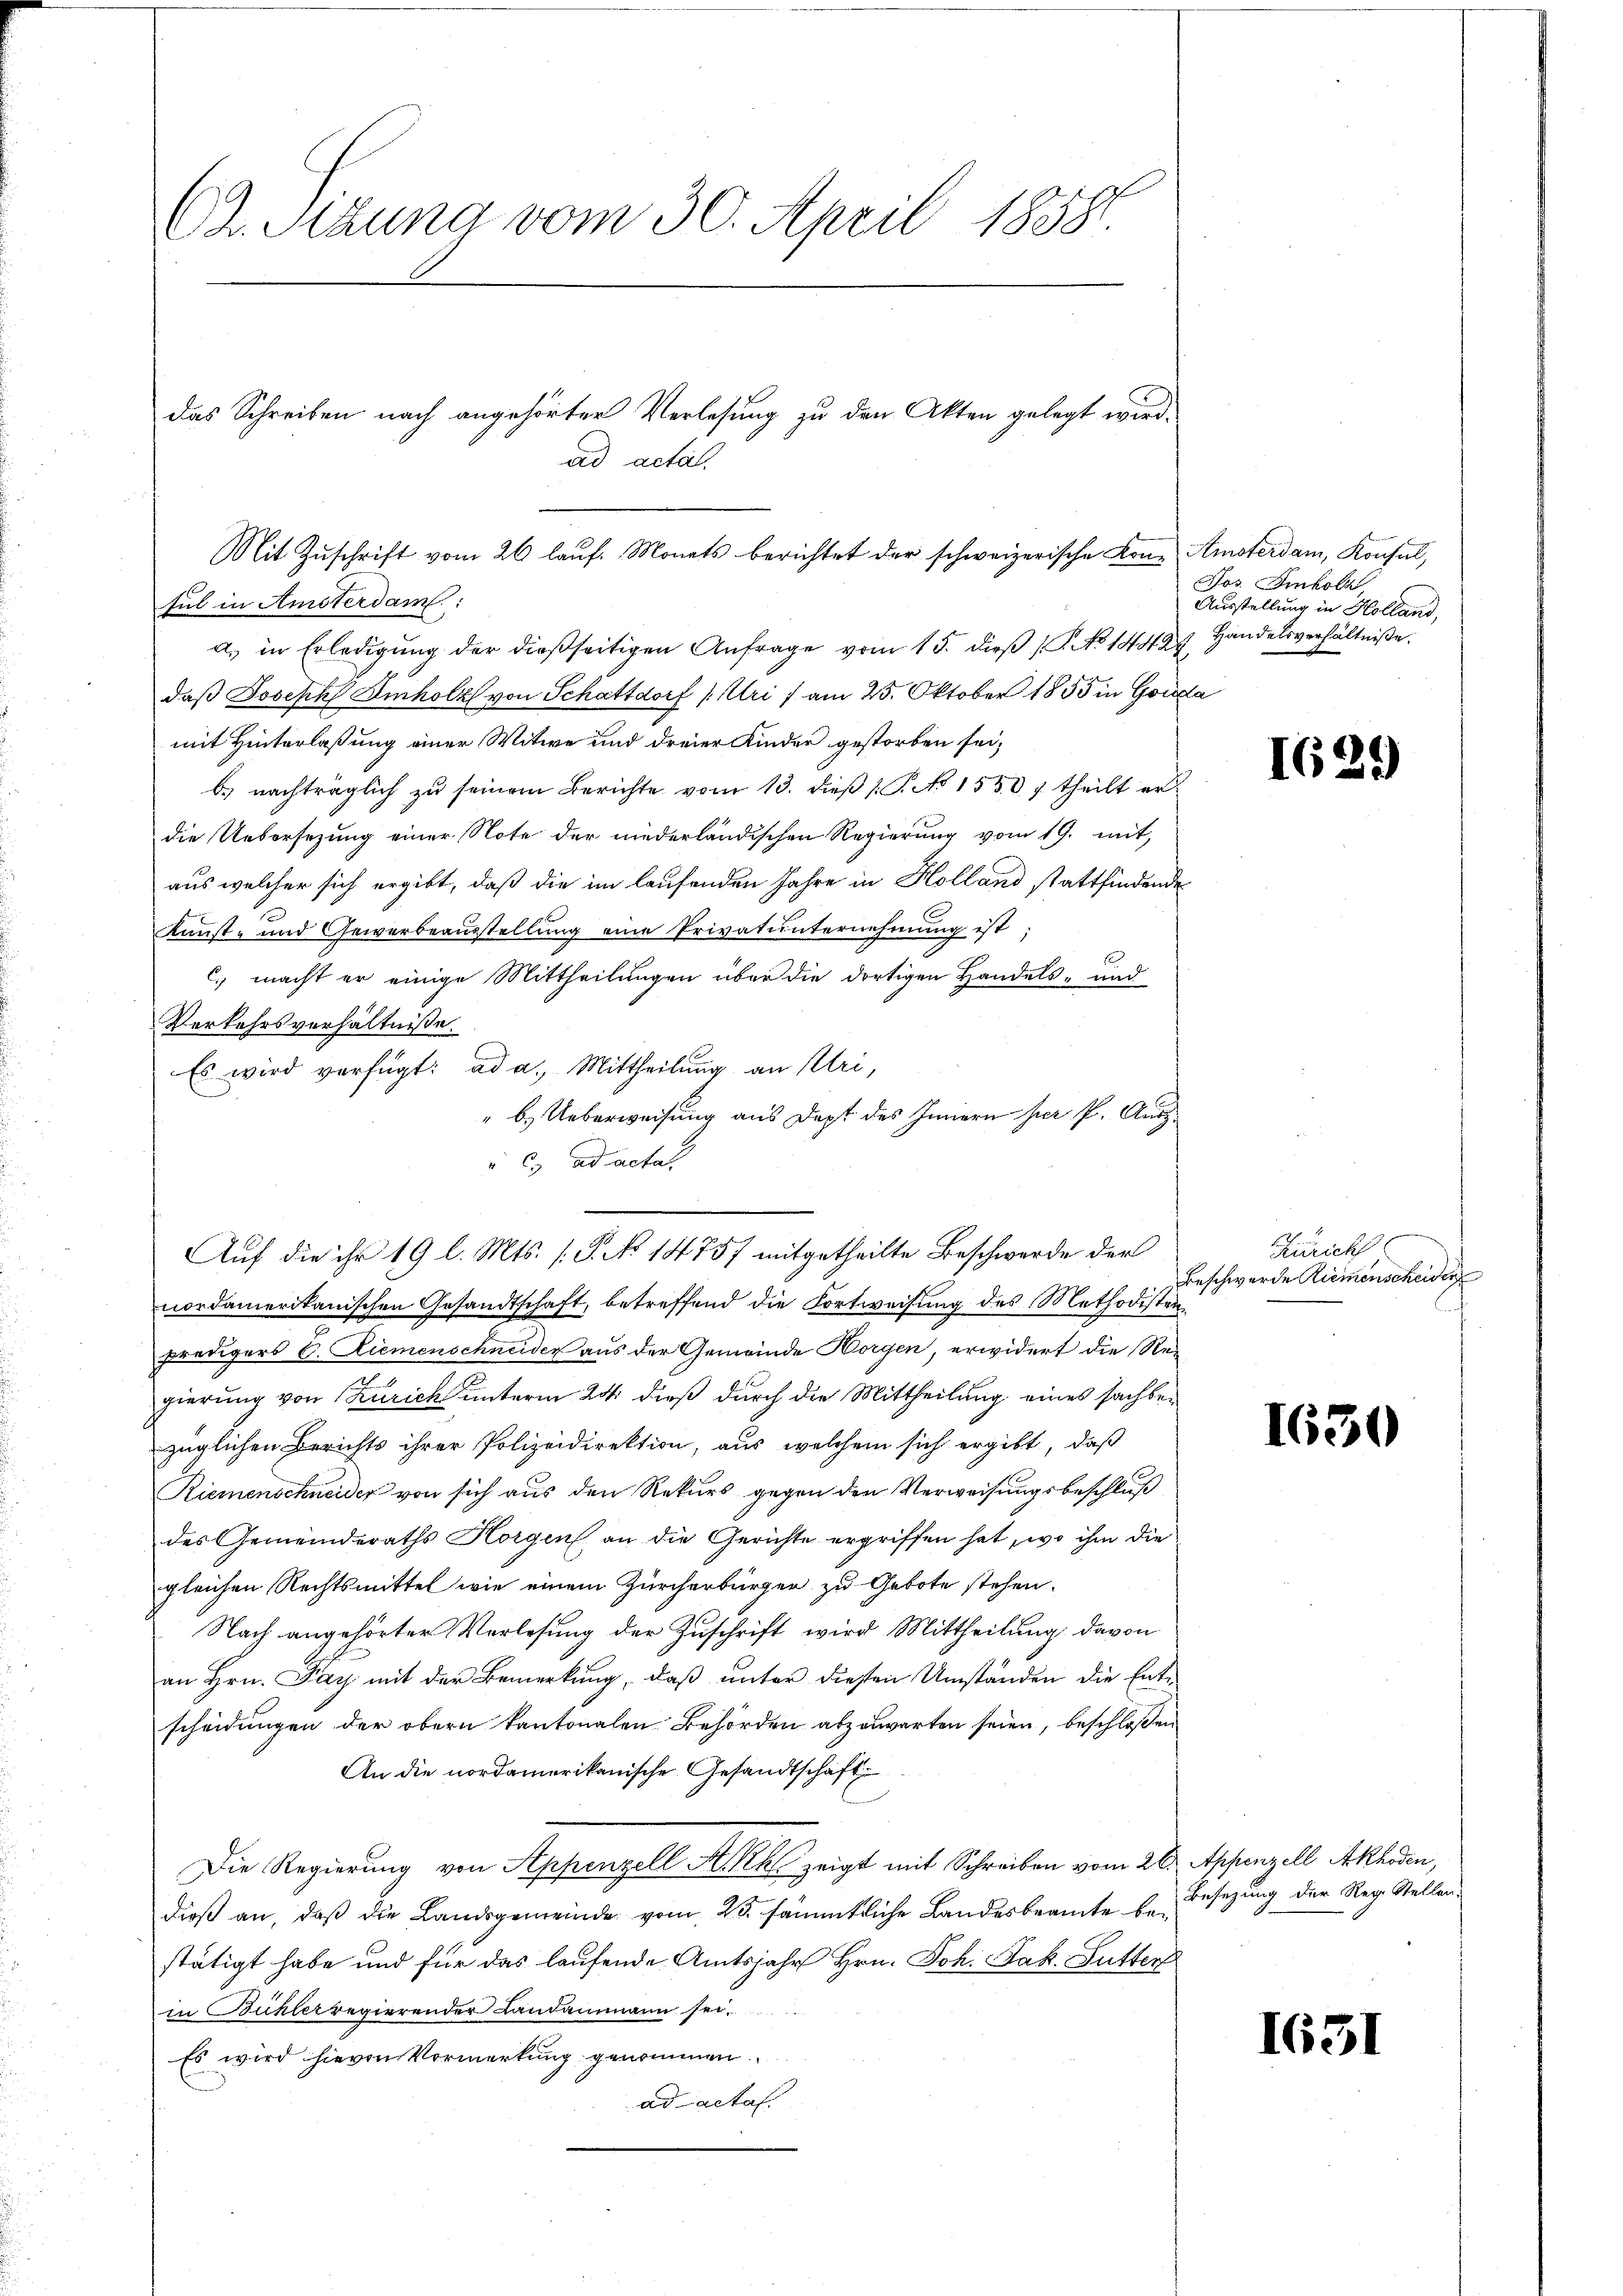
C. Sizung vom 30. April 1858.
das Schreiben nach angehörter Verlesung zu den Akten gelegt wird.
ad acta.

Mit Zŭschrift vom 26 laŭf. Monats berichtet der schweizerische Kone Amsterdam, Konsul,
sul in Amsterdam:

a. in Erledigŭng der dießseitigen Anfrage vom 15. dieβ 1. No 14412
daß Joseph Imholz von Schattdorf (Uri) am 25. Oktober 1855 in Golda
mit Hinterlaßung einer Witwe und dreier Kinder gestorben sei,
b.) nachträglich zu seinem Berichte vom 13. dieß (T. No 1530 1 theilt er
die Uebersezung einer Note der niederländischen Regierung vom 19. mit,
aus welcher sich ergibt, daß die im laufenden Jahre in Holland stattfindende
C
Kunst- und Gewerbeausstellung eine Privatunternehmung ist;
C. macht er einige Mittheilungen über die dortigen Handels- und
Verkehrsverhältnisse.
Es wird verfügt: ad a. Mittheilung an Uri,
" b.) Ueberweisung aus Dept des Innern per P. Ausg.
 c. ad actat
nordameritanischen Gesandtschaft, betreffend die Fortweisung des Methodisten
predigers C. Ziemenschneider aus der Gemeinde Horgen, erwidert die Re¬
2
gierung von Zürich unterm 24. dieß durch die Mittheilung eines sachbezüglichen Berichts ihrer Polizeidirektion, aus welchem sich ergibt, daß
Riemenschneider von sich aus den Rekurs gegen den Verweisungsbeschluß
des Gemeinderaths Horgen an die Gerichte ergriffen hat, wo ihm die
gleichen Rechtsmittel wie einem Zürcherbürger zu Gebote stehen.
Nach angehörter Verlesung der Zuschrift wird Mittheilung davon
an Hrn. Pay mit der Bemerkung, daß unter diesen Umständen die Entscheidungen der obern kantonalen Behörden abzuwarten seien, beschloßen
An die nordamerikanische Gesandtschaft
Die Regierung von Seppenzell Aktes zeigt mit Schreiben vom 20. Appenzell Akladen,
dieβ an, daβ die Landsgemeinde vom 23. sämmtliche Landesbeamte bestätigt habe und für das laufende Amtsjahr Hrn. Joh. Jak. Gutter
in Bichlerregierender Landammann sei.
Es wird hievon Vormerkung genommen
ad acta.

e

Auf die ihr 19 l. Mts. s. S. No 1475) mitgetheilte Beschwerde der

Jos. Inkoll
Ausstellung in Holland,
Handelsverhältnisse.

168

Zürich
Beschwerde Riemenscheiden

165

Besetzung der Reg. Stellen.

163)

2.)